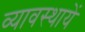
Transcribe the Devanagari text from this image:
व्यावस्थायें